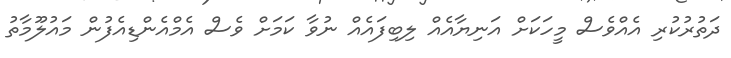
ދަތުރުކުރި އެއްވެސް މީހަކަށް އަނިޔާއެއް ލިބިފައެއް ނުވާ ކަމަށް ވެސް އެމްއެންޑިއެފުން މައުލޫމާތު